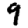
Digit: 9